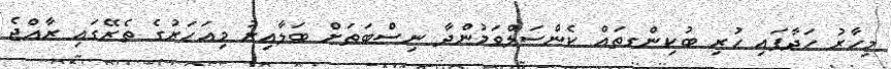
މިހާރު ހަދާފައި ހުރި ބުކިންގތައް ކެންސަލްވަމުންދާ ނިސްބަތަށް ބަލާއިރު މިއަހަރުގެ ތެރޭގައި ރާއްޖެ